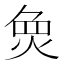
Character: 𱫌